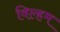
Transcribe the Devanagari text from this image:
विल्‍हम